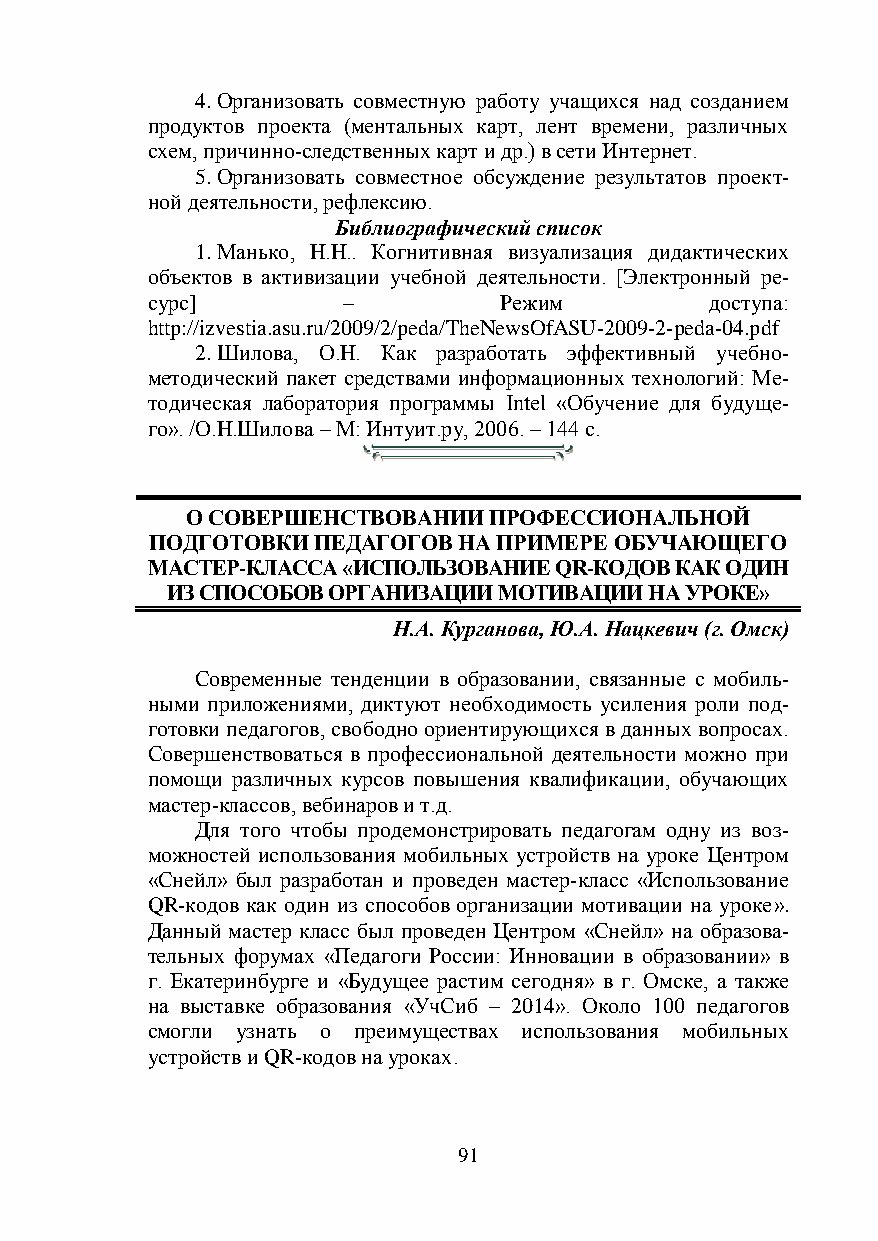
4. Организовать совместную работу учащихся над созданием
 продуктов проекта (ментальных карт, лент времени, различных
 схем, причинно-следственных карт и др.) в сети Интернет.
 5. Организовать совместное обсуждение результатов проект-
 ной деятельности, рефлексию.
 Библиографический список
 1. Манько, Н.Н.. Когнитивная визуализация дидактических
 объектов в активизации учебной деятельности. [Электронный ре-
 сурс]        –         Режим         доступа:
 http://izvestia.asu.ru/2009/2/peda/TheNewsOfASU-2009-2-peda-04.pdf
 2. Шилова, О.Н. Как разработать эффективный учебно-
 методический пакет средствами информационных технологий: Ме-
 тодическая лаборатория программы Intel «Обучение для будуще-
 го». /О.Н.Шилова – М: Интуит.ру, 2006. – 144 с.
 О СОВЕРШЕНСТВОВАНИИ ПРОФЕССИОНАЛЬНОЙ
 ПОДГОТОВКИ ПЕДАГОГОВ НА ПРИМЕРЕ ОБУЧАЮЩЕГО
 МАСТЕР-КЛАССА «ИСПОЛЬЗОВАНИЕ QR-КОДОВ КАК ОДИН
 ИЗ СПОСОБОВ ОРГАНИЗАЦИИ МОТИВАЦИИ НА УРОКЕ»
 Н.А. Курганова, Ю.А. Нацкевич (г. Омск)
 Современные тенденции в образовании, связанные с мобиль-
 ными приложениями, диктуют необходимость усиления роли под-
 готовки педагогов, свободно ориентирующихся в данных вопросах.
 Совершенствоваться в профессиональной деятельности можно при
 помощи различных курсов повышения квалификации, обучающих
 мастер-классов, вебинаров и т.д.
 Для того чтобы продемонстрировать педагогам одну из воз-
 можностей использования мобильных устройств на уроке Центром
 «Снейл» был разработан и проведен мастер-класс «Использование
 QR-кодов как один из способов организации мотивации на уроке».
 Данный мастер класс был проведен Центром «Снейл» на образова-
 тельных форумах «Педагоги России: Инновации в образовании» в
 г. Екатеринбурге и «Будущее растим сегодня» в г. Омске, а также
 на выставке образования «УчСиб – 2014». Около 100 педагогов
 смогли узнать о преимуществах использования мобильных
 устройств и QR-кодов на уроках.
 91